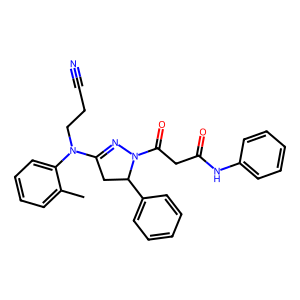
SMILES: Cc1ccccc1N(CCC#N)C1=NN(C(=O)CC(=O)Nc2ccccc2)C(c2ccccc2)C1
Inhibits HIV replication: No